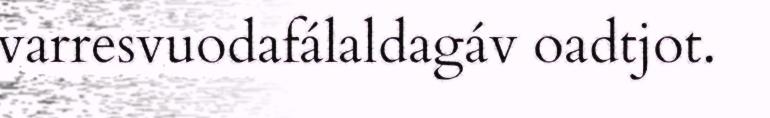
varresvuodafálaldagáv oadtjot.